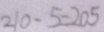
2 1 0 - 5 = 2 0 5